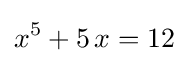
x^{5}+5\,x=12